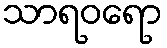
သာရဝရော